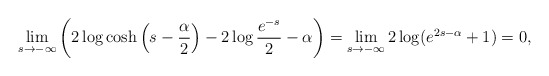
\begin{align*}\lim_{s\rightarrow-\infty}\left(2\log\cosh\left(s-\frac{\alpha}{2}\right)-2\log\frac{e^{-s}}{2}-\alpha\right)=\lim_{s\rightarrow-\infty}2\log (e^{2s-\alpha}+1)=0,\end{align*}